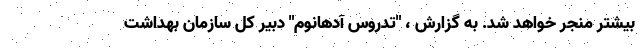
بیشتر منجر خواهد شد. به گزارش ، "تدروس آدهانوم" دبیر کل سازمان بهداشت